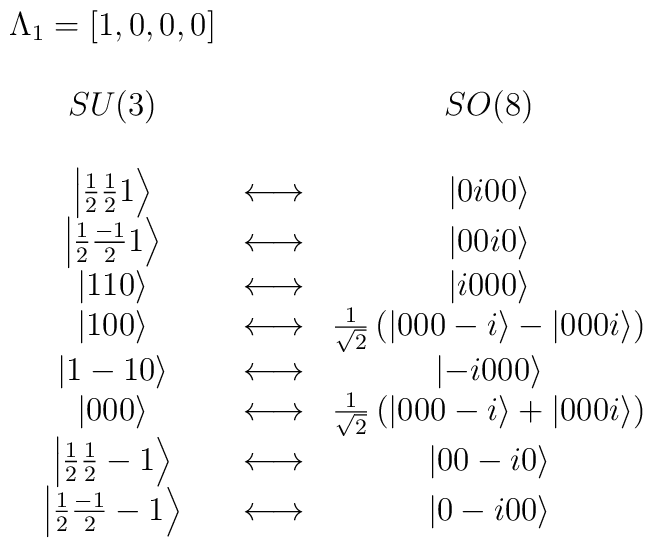
\begin{array}{ccc}\Lambda _1=[1,0,0,0] &  &  \\  &  &  \\ SU(3) &  & SO(8) \\  &  &  \\ \left| \frac 12\frac 121\right\rangle  & \longleftrightarrow  & \left|0i00\right\rangle  \\ \left| \frac 12\frac{-1}21\right\rangle  & \longleftrightarrow  & \left|00i0\right\rangle  \\ \left| 110\right\rangle  & \longleftrightarrow  & \left| i000\right\rangle \\ \left| 100\right\rangle  & \longleftrightarrow  & \frac 1{\sqrt{2}}\left( \left| 000-i\right\rangle -\left| 000i\right\rangle \right) \\ \left| 1-10\right\rangle  & \longleftrightarrow  & \left|-i000\right\rangle  \\ \left| 000\right\rangle  & \longleftrightarrow  & \frac 1{\sqrt{2}}\left( \left| 000-i\right\rangle +\left| 000i\right\rangle \right) \\ \left| \frac 12\frac 12-1\right\rangle  & \longleftrightarrow  & \left|00-i0\right\rangle  \\ \left| \frac 12\frac{-1}2-1\right\rangle  & \longleftrightarrow  & \left|0-i00\right\rangle \end{array}